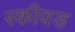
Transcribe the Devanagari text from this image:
स्कीवड